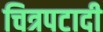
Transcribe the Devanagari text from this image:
चित्रपटादी